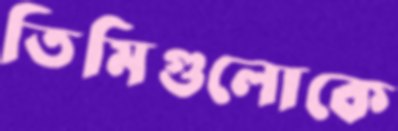
তিমিগুলোকে